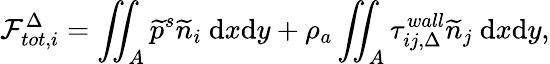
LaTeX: \mathcal{F}_{tot,i}^{\Delta}=\iint_{A}\widetilde{{p}}^{s}\widetilde{{n}}_{i}\ \mathrm{{d}}x\mathrm{{d}}y+\rho_{a}\iint_{A}\tau_{ij,\Delta}^{wall}\widetilde{{n}}_{j}\ \mathrm{{d}}x\mathrm{{d}}y,